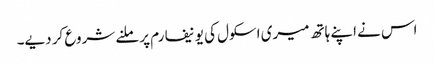
اس نے اپنے ہاتھ میری اسکول کی یونیفارم پر ملنے شروع کر دیے۔